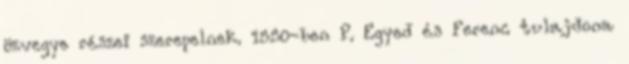
özvegye részei szerepelnek. 1550-ben P. Egyed és Ferenc tulajdona